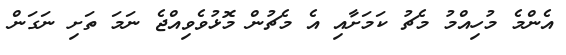
އެންމެ މުހިއްމު މެޗު ކަމަށާއި އެ މެޗުން މޮޅުވެވިއްޖެ ނަމަ ތަށި ނަގަން